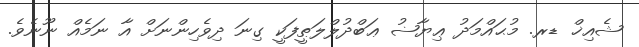
ޝެއިޚް ޑރ. މުޙައްމަދު ޢިޔާޟު ޢަބްދުލްލަޠީފަކީ ގިނަ ދިވެހިންނަށް އާ ނަމެއް ނޫނެވެ.